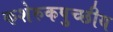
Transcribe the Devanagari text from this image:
कशेरुकपुच्छीय